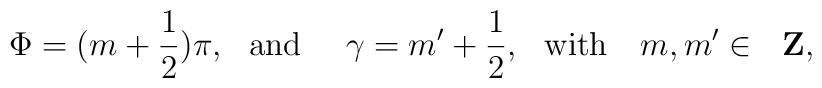
\Phi = (m+ \frac{1}{2}) \pi, \,\,\,\,\mbox{and}\,\,\,\,\,\,\,\, \gamma =m'+\frac{1}{2}, \,\,\,\,\mbox{with}\,\,\,\,\,\, m, m'\in\,\,\,\, \mbox{{\bf Z}},